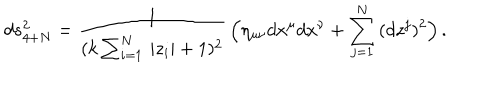
LaTeX: d s _ { 4 + N } ^ { 2 } = \frac { 1 } { ( k \sum _ { i = 1 } ^ { N } \, | z _ { i } | + 1 ) ^ { 2 } } \, \Big ( \eta _ { \mu \nu } d x ^ { \mu } d x ^ { \nu } + \sum _ { j = 1 } ^ { N } \, ( d z ^ { j } ) ^ { 2 } \Big ) \, .